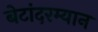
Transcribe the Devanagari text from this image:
बेटांदरम्यान